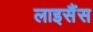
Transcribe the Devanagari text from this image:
लाइसैंस